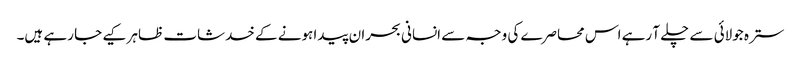
سترہ جولائی سے چلے آ رہے اس محاصرے کی وجہ سے انسانی بحران پیدا ہونے کے خدشات ظاہر کیے جا رہے ہیں۔